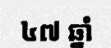
៤៧ ឆ្នាំ